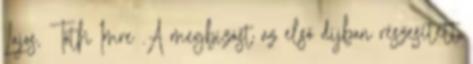
Lajos, Tóth Imre .A megbízást az első díjban részesített